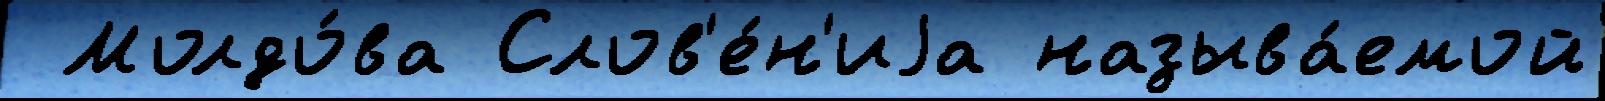
 Молдо́ва Слов'е́н'иjа называ́емой